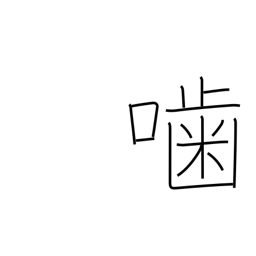
Meaning: gnaw